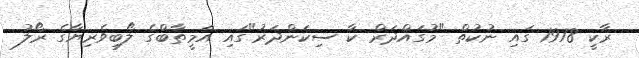
ރާކީ 1978 ގައި ނުކުތް "މުގައްދަރް ކާ ސިކަންދަރު"ގައި އަމީތާބްގެ ލޯބިވެރިޔާގެ ރޯލު